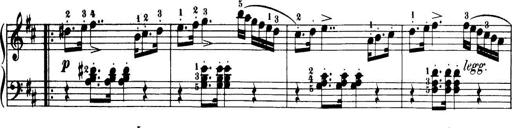
Title: 32 Sonatinas and Rondos for the Piano
Composer: Richard Kleinmichel